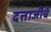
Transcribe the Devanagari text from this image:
दत्ताजीचें